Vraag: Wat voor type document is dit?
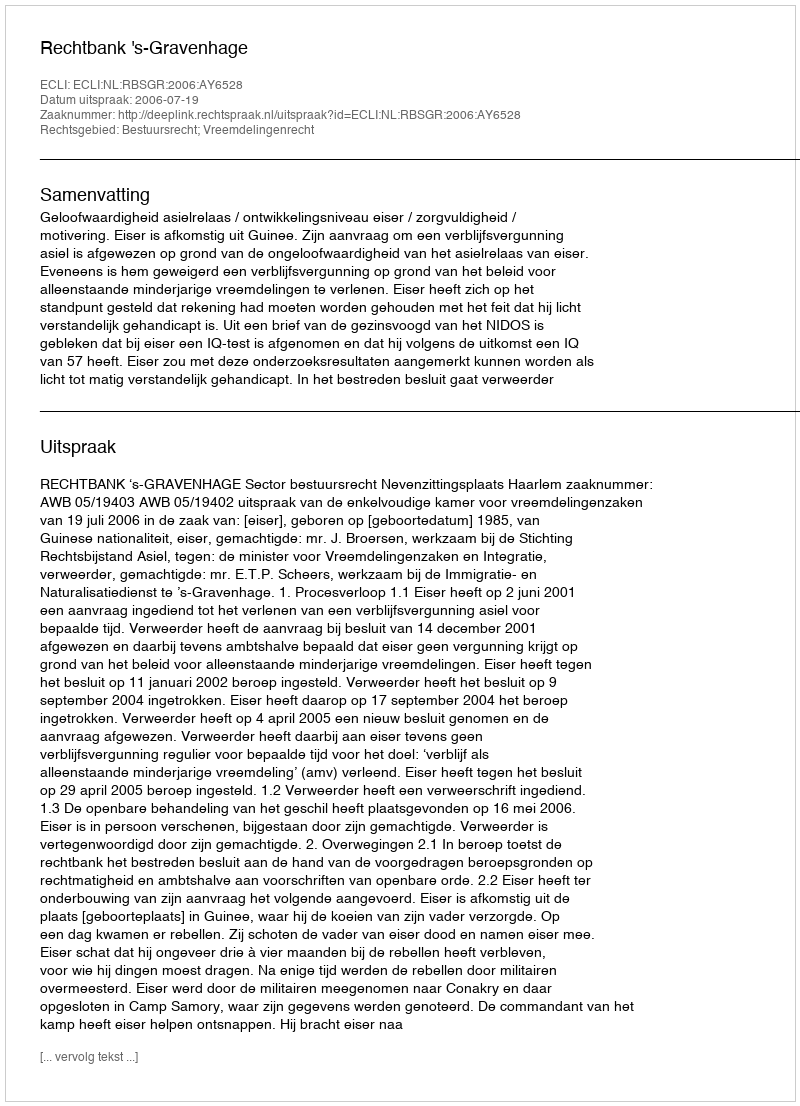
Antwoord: Uitspraak